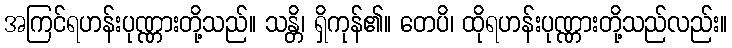
အကြင်ရဟန်းပုဏ္ဏားတို့သည်။ သန္တိ၊ ရှိကုန်၏။ တေပိ၊ ထိုရဟန်းပုဏ္ဏားတို့သည်လည်း။